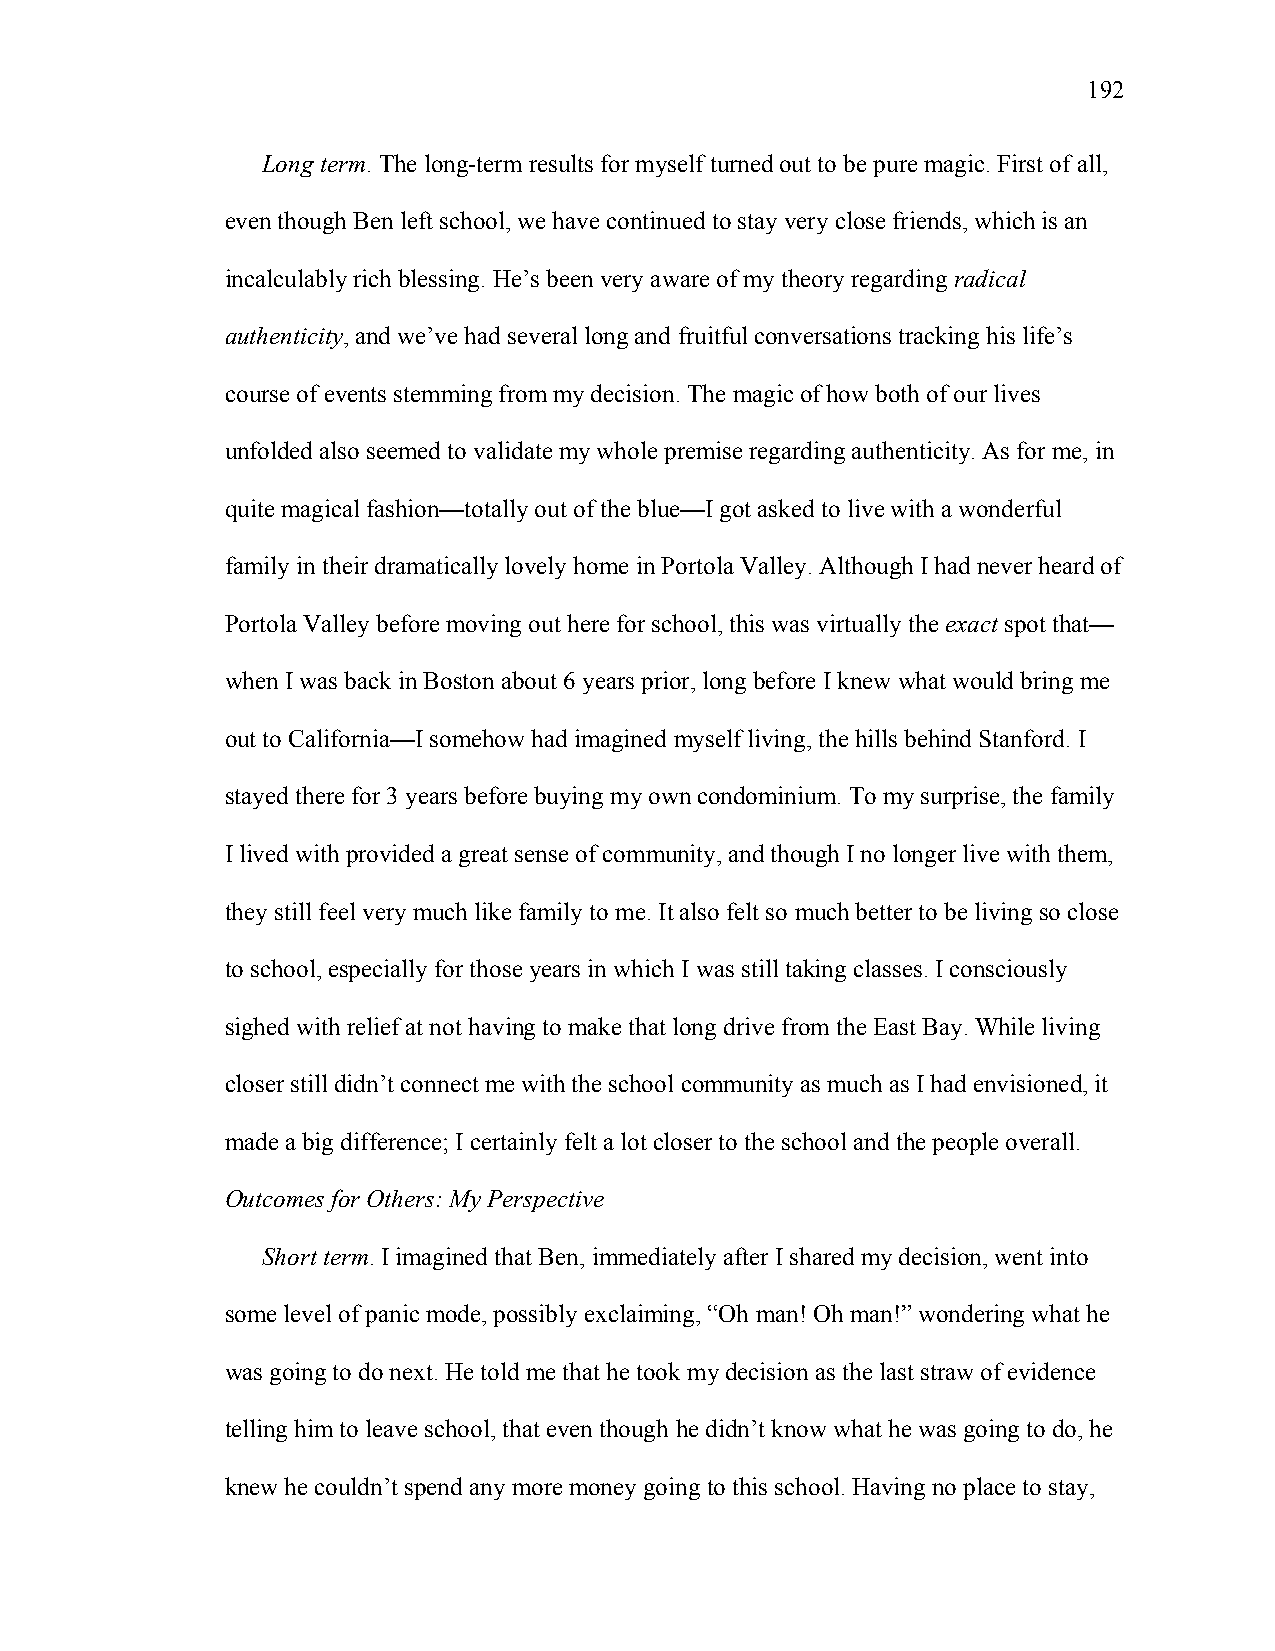
192
 Long term. The long-term results for myself turned out to be pure magic. First of all,
 even though Ben left school, we have continued to stay very close friends, which is an
 incalculably rich blessing. He’s been very aware of my theory regarding radical
 authenticity, and we’ve had several long and fruitful conversations tracking his life’s
 course of events stemming from my decision. The magic of how both of our lives
 unfolded also seemed to validate my whole premise regarding authenticity. As for me, in
 quite magical fashion—totally out of the blue—I got asked to live with a wonderful
 family in their dramatically lovely home in Portola Valley. Although I had never heard of
 Portola Valley before moving out here for school, this was virtually the exact spot that—
 when I was back in Boston about 6 years prior, long before I knew what would bring me
 out to California—I somehow had imagined myself living, the hills behind Stanford. I
 stayed there for 3 years before buying my own condominium. To my surprise, the family
 I lived with provided a great sense of community, and though I no longer live with them,
 they still feel very much like family to me. It also felt so much better to be living so close
 to school, especially for those years in which I was still taking classes. I consciously
 sighed with relief at not having to make that long drive from the East Bay. While living
 closer still didn’t connect me with the school community as much as I had envisioned, it
 made a big difference; I certainly felt a lot closer to the school and the people overall.
 Outcomes for Others: My Perspective
 Short term. I imagined that Ben, immediately after I shared my decision, went into
 some level of panic mode, possibly exclaiming, “Oh man! Oh man!” wondering what he
 was going to do next. He told me that he took my decision as the last straw of evidence
 telling him to leave school, that even though he didn’t know what he was going to do, he
 knew he couldn’t spend any more money going to this school. Having no place to stay,